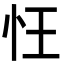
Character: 忹